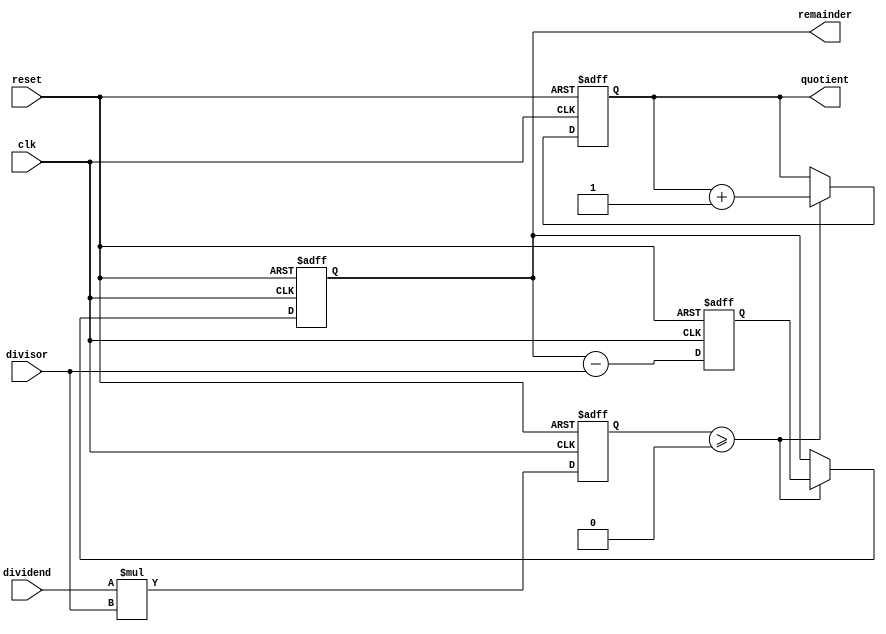
module divider(input clk, input reset, input [31:0] dividend, input [31:0] divisor, output reg [31:0] quotient, output reg [31:0] remainder);

    reg [63:0] product;
    reg [63:0] subtractor_input;

    always @ (posedge clk or posedge reset) begin
        if (reset) begin
            quotient <= 32'b0;
            remainder <= 32'b0;
            product <= 64'b0;
            subtractor_input <= 64'b0;
        end else begin
            // Multiplication operation
            product <= dividend * divisor;

            // Subtraction operation
            subtractor_input <= {product[63:32], remainder} - divisor;

            // Update quotient and remainder
            if (product >= 0) begin
                quotient <= quotient + 1;
                remainder <= subtractor_input[31:0];
            end
        end
    end

endmodule